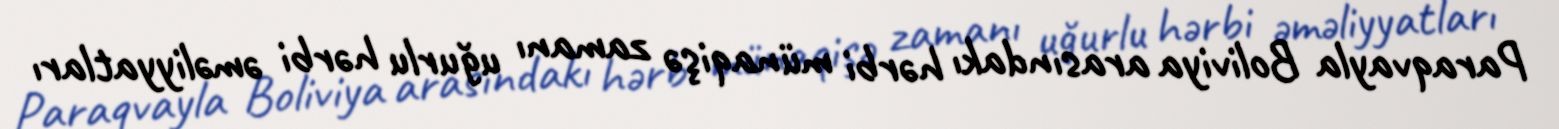
Paraqvayla Boliviya arasındakı hərbi münaqişə zamanı uğurlu hərbi əməliyyatları